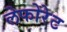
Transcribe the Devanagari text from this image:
लेफोरेट